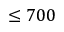
\le 7 0 0